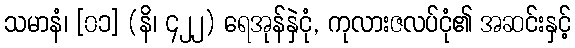
သမာနံ၊ [၀၁] (နိ၊ ၄၂၂) ရေအုန်နှဲငုံ, ကုလားဇလပ်ငုံ၏ အဆင်းနှင့်